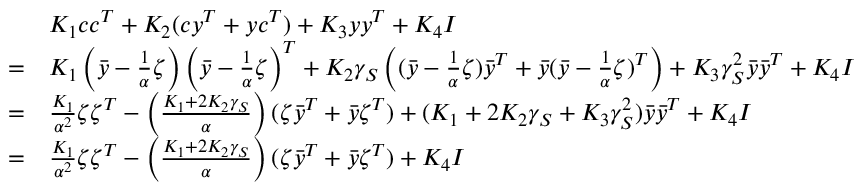
\begin{array} { r l } & { K _ { 1 } c c ^ { T } + K _ { 2 } ( c y ^ { T } + y c ^ { T } ) + K _ { 3 } y y ^ { T } + K _ { 4 } I } \\ { = } & { K _ { 1 } \left( \bar { y } - \frac { 1 } { \alpha } \zeta \right) \left( \bar { y } - \frac { 1 } { \alpha } \zeta \right) ^ { T } + K _ { 2 } \gamma _ { S } \left( ( \bar { y } - \frac { 1 } { \alpha } \zeta ) \bar { y } ^ { T } + \bar { y } ( \bar { y } - \frac { 1 } { \alpha } \zeta ) ^ { T } \right) + K _ { 3 } \gamma _ { S } ^ { 2 } \bar { y } \bar { y } ^ { T } + K _ { 4 } I } \\ { = } & { \frac { K _ { 1 } } { \alpha ^ { 2 } } \zeta \zeta ^ { T } - \left( \frac { K _ { 1 } + 2 K _ { 2 } \gamma _ { S } } { \alpha } \right) ( \zeta \bar { y } ^ { T } + \bar { y } \zeta ^ { T } ) + ( K _ { 1 } + 2 K _ { 2 } \gamma _ { S } + K _ { 3 } \gamma _ { S } ^ { 2 } ) \bar { y } \bar { y } ^ { T } + K _ { 4 } I } \\ { = } & { \frac { K _ { 1 } } { \alpha ^ { 2 } } \zeta \zeta ^ { T } - \left( \frac { K _ { 1 } + 2 K _ { 2 } \gamma _ { S } } { \alpha } \right) ( \zeta \bar { y } ^ { T } + \bar { y } \zeta ^ { T } ) + K _ { 4 } I } \end{array}